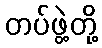
တပ်ဖွဲ့တို့